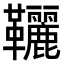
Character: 𩎉